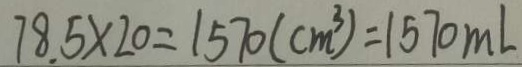
7 8 . 5 \times 2 0 = 1 5 7 0 ( c m ^ { 3 } ) = 1 5 7 0 m L